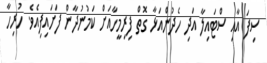
ސިފަ އާއި ސްޓައިލާ އަދި ހެދުންއަޅާ ގޮތް ފިރިމީހާއަށް ކަމުނުދާން ފަށައިފިއެވެ. ހުރިހާ